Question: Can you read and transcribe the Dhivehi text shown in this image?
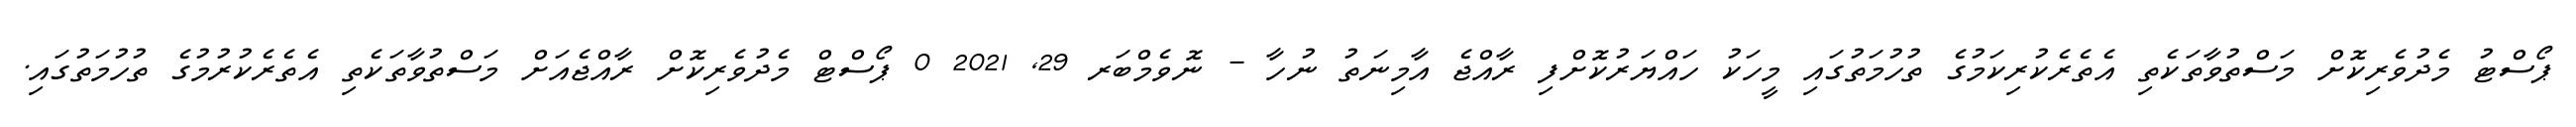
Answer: ޕޯސްޓު މެދުވެރިކޮށް މަސްތުވާތަކެތި އެތެރެކުރިކަމުގެ ތުހުމަތުގައި މީހަކު ހައްޔަރުކޮށްފި ރާއްޖެ އާމިނަތު ނުހާ - ނޮވެމްބަރ 29, 2021 0 ޕޯސްޓް މެދުވެރިކޮށް ރާއްޖެއަށް މަސްތުވާތަކެތި އެތެރެކުރުމުގެ ތުހުމަތުގައި.